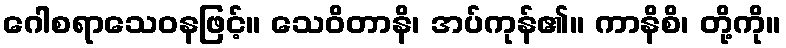
ဂေါစရာသေဝနဖြင့်။ သေဝိတာနိ၊ အပ်ကုန်၏။ ကာနိစိ၊ တို့ကို။